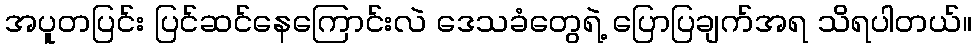
အပူတပြင်း ပြင်ဆင်နေကြောင်းလဲ ဒေသခံတွေရဲ့ ပြောပြချက်အရ သိရပါတယ်။